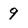
Character: 9